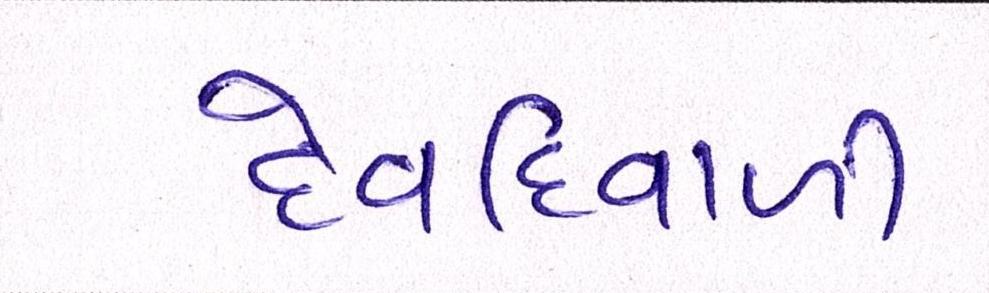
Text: દેવદિવાળી